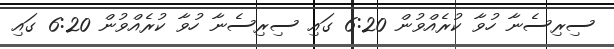
ސިރިސެނާ ހުވާ ކުރެއްވުން 6:20 ގައި ސިރިސެނާ ހުވާ ކުރެއްވުން 6:20 ގައި